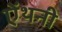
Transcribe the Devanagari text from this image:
ऐंथनी